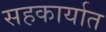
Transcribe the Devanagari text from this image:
सहकार्यात